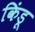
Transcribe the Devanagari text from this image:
किंडू